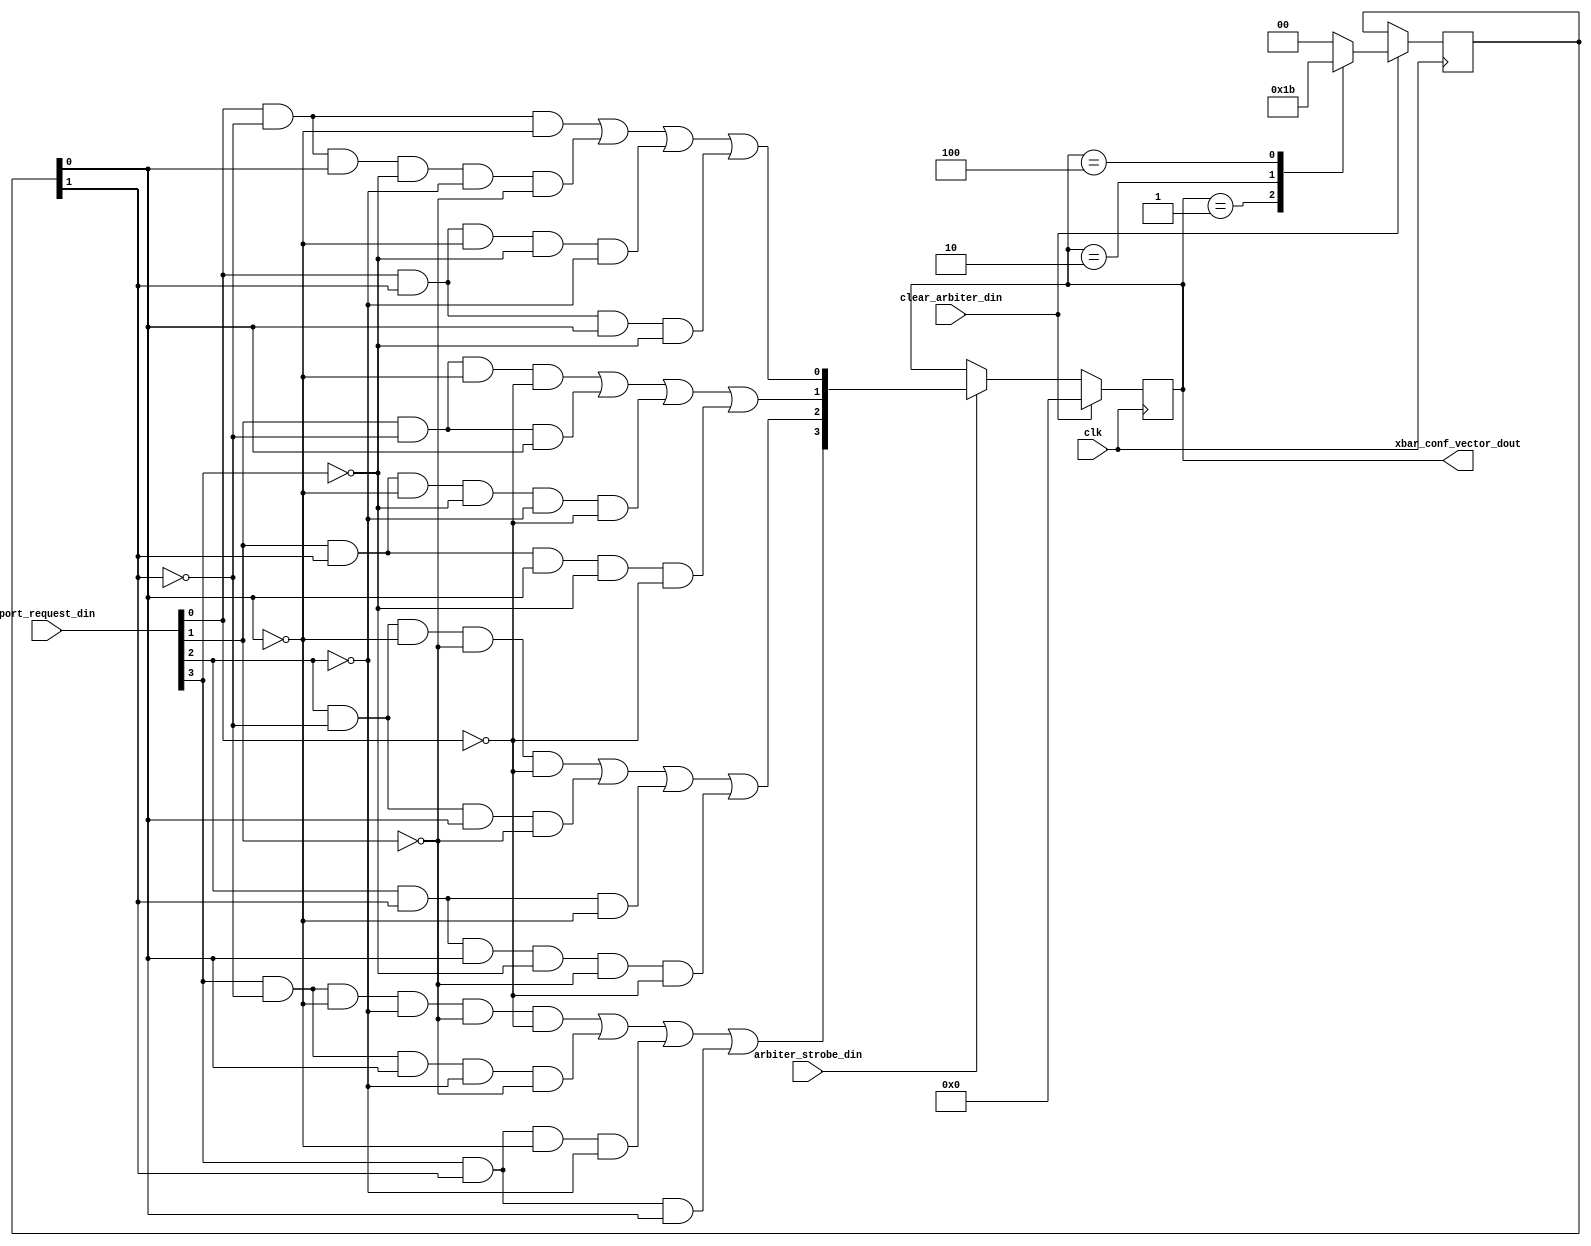
module arbiter
	(
		input wire 	clk,
		input wire  [3:0]	port_request_din,
		input wire 			arbiter_strobe_din,
		input wire 			clear_arbiter_din,
		output wire [3:0]	xbar_conf_vector_dout
    );
	localparam 	RQS0 =	4'b0001;
	localparam	RQS1 =	4'b0010;
	localparam	RQS2 =	4'b0100;
	localparam	RQS3 =	4'b1000;
	localparam	PTY_NEXT_RQS1 =	2'b01;
	localparam	PTY_NEXT_RQS2 =	2'b10;
	localparam	PTY_NEXT_RQS3 =	2'b11;
	localparam	PTY_NEXT_RQS0 =	2'b00;
	reg [3:0] xbar_conf_vector_reg 	= 4'b0000;
	reg  [1:0] rqs_priority_reg = 2'b00;
	reg  [1:0] rqs_priority_next;
		always @(posedge clk)
			if (clear_arbiter_din)
				rqs_priority_reg <= rqs_priority_next;
		always @(*)
			begin
				rqs_priority_next = 2'b00;
				case (xbar_conf_vector_reg)
					RQS0:	rqs_priority_next = PTY_NEXT_RQS1;
					RQS1:	rqs_priority_next = PTY_NEXT_RQS2;
					RQS2:	rqs_priority_next = PTY_NEXT_RQS3;
					RQS3:	rqs_priority_next = PTY_NEXT_RQS0;
				endcase
			end 
	wire [3:0]	grant_vector;
		assign grant_vector[0] = 	(port_request_din[0] & ~rqs_priority_reg[1] & ~rqs_priority_reg[0])																			|
									(port_request_din[0] & ~rqs_priority_reg[1] &  rqs_priority_reg[0] & ~port_request_din[3] & ~port_request_din[2] & ~port_request_din[1])	|
									(port_request_din[0] &  rqs_priority_reg[1] & ~rqs_priority_reg[0] & ~port_request_din[3] & ~port_request_din[2])							|
									(port_request_din[0] &  rqs_priority_reg[1] &  rqs_priority_reg[0] & ~port_request_din[3]);
		assign grant_vector[1] = 	(port_request_din[1] & ~rqs_priority_reg[1] & ~rqs_priority_reg[0] & ~port_request_din[0])													|
									(port_request_din[1] & ~rqs_priority_reg[1] &  rqs_priority_reg[0])																			|
									(port_request_din[1] &  rqs_priority_reg[1] & ~rqs_priority_reg[0] & ~port_request_din[3] & ~port_request_din[2] & ~port_request_din[0])	|
									(port_request_din[1] &  rqs_priority_reg[1] &  rqs_priority_reg[0] & ~port_request_din[3] & ~port_request_din[0]);
		assign grant_vector[2] = 	(port_request_din[2] & ~rqs_priority_reg[1] & ~rqs_priority_reg[0] & ~port_request_din[1] & ~port_request_din[0])							|
									(port_request_din[2] & ~rqs_priority_reg[1] &  rqs_priority_reg[0] & ~port_request_din[1])													|
									(port_request_din[2] &  rqs_priority_reg[1] & ~rqs_priority_reg[0] )																		|
									(port_request_din[2] &  rqs_priority_reg[1] &  rqs_priority_reg[0] & ~port_request_din[3] & ~port_request_din[1] & ~port_request_din[0]);
		assign grant_vector[3] = 	(port_request_din[3] & ~rqs_priority_reg[1] & ~rqs_priority_reg[0] & ~port_request_din[2] & ~port_request_din[1] & ~port_request_din[0])	|
									(port_request_din[3] & ~rqs_priority_reg[1] &  rqs_priority_reg[0] & ~port_request_din[2] & ~port_request_din[1])							|
									(port_request_din[3] &  rqs_priority_reg[1] & ~rqs_priority_reg[0] & ~port_request_din[2])													|
									(port_request_din[3] &  rqs_priority_reg[1] &  rqs_priority_reg[0]);
	always @(posedge clk)
		if (clear_arbiter_din)
			xbar_conf_vector_reg <= {4{1'b0}};
		else 
			if (arbiter_strobe_din)
				xbar_conf_vector_reg <= grant_vector;
	assign xbar_conf_vector_dout = xbar_conf_vector_reg;
endmodule